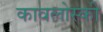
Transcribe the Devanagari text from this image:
कावलोस्की